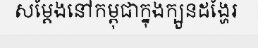
សម្តែងនៅកម្ពុជាក្នុងក្បួនដង្ហែរ